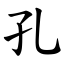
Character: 孔